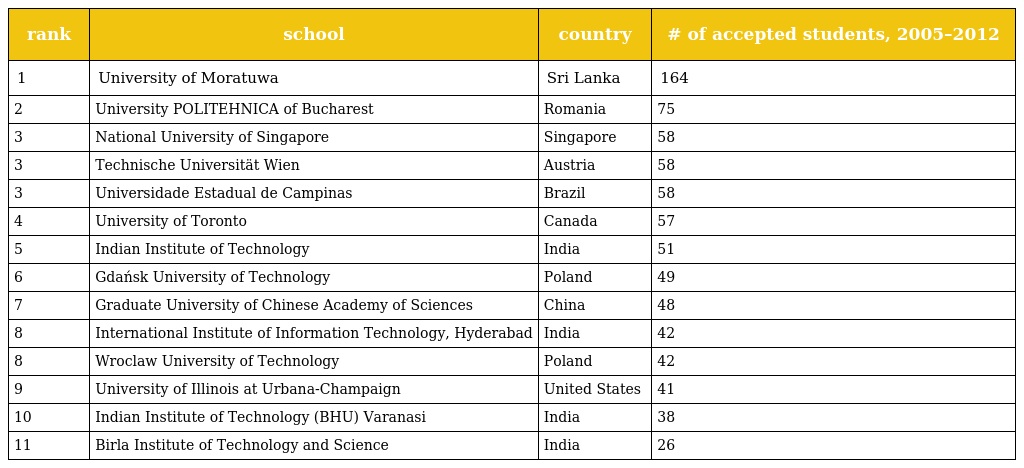
| rank | school | country | # of accepted students, 2005–2012 |
 | --- | --- | --- | --- |
 | 1 | University of Moratuwa | Sri Lanka | 164 |
 | 2 | University POLITEHNICA of Bucharest | Romania | 75 |
 | 3 | National University of Singapore | Singapore | 58 |
 | 3 | Technische Universität Wien | Austria | 58 |
 | 3 | Universidade Estadual de Campinas | Brazil | 58 |
 | 4 | University of Toronto | Canada | 57 |
 | 5 | Indian Institute of Technology | India | 51 |
 | 6 | Gdańsk University of Technology | Poland | 49 |
 | 7 | Graduate University of Chinese Academy of Sciences | China | 48 |
 | 8 | International Institute of Information Technology, Hyderabad | India | 42 |
 | 8 | Wroclaw University of Technology | Poland | 42 |
 | 9 | University of Illinois at Urbana-Champaign | United States | 41 |
 | 10 | Indian Institute of Technology (BHU) Varanasi | India | 38 |
 | 11 | Birla Institute of Technology and Science | India | 26 |